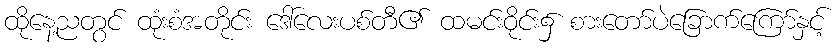
ထိုနေ့ညတွင် ထုံးစံအတိုင်း ဒေါ်လေးပစ်တီ၏ ထမင်းဝိုင်း၌ စားတော်ပဲခြောက်ကြော်နှင့်